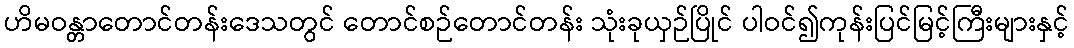
ဟိမဝန္တာတောင်တန်းဒေသတွင် တောင်စဉ်တောင်တန်း သုံးခုယှဉ်ပြိုင် ပါဝင်၍ကုန်းပြင်မြင့်ကြီးများနှင့်